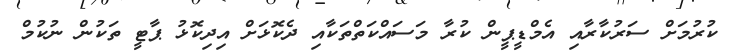
ކުރުމަށް ސަރުކާރާއި އެމްޑީޕީން ކުރާ މަސައްކަތްތަކާއި ދެކޮޅަށް އިދިކޮޅު ޕާޓީ ތަކުން ނުކުމް